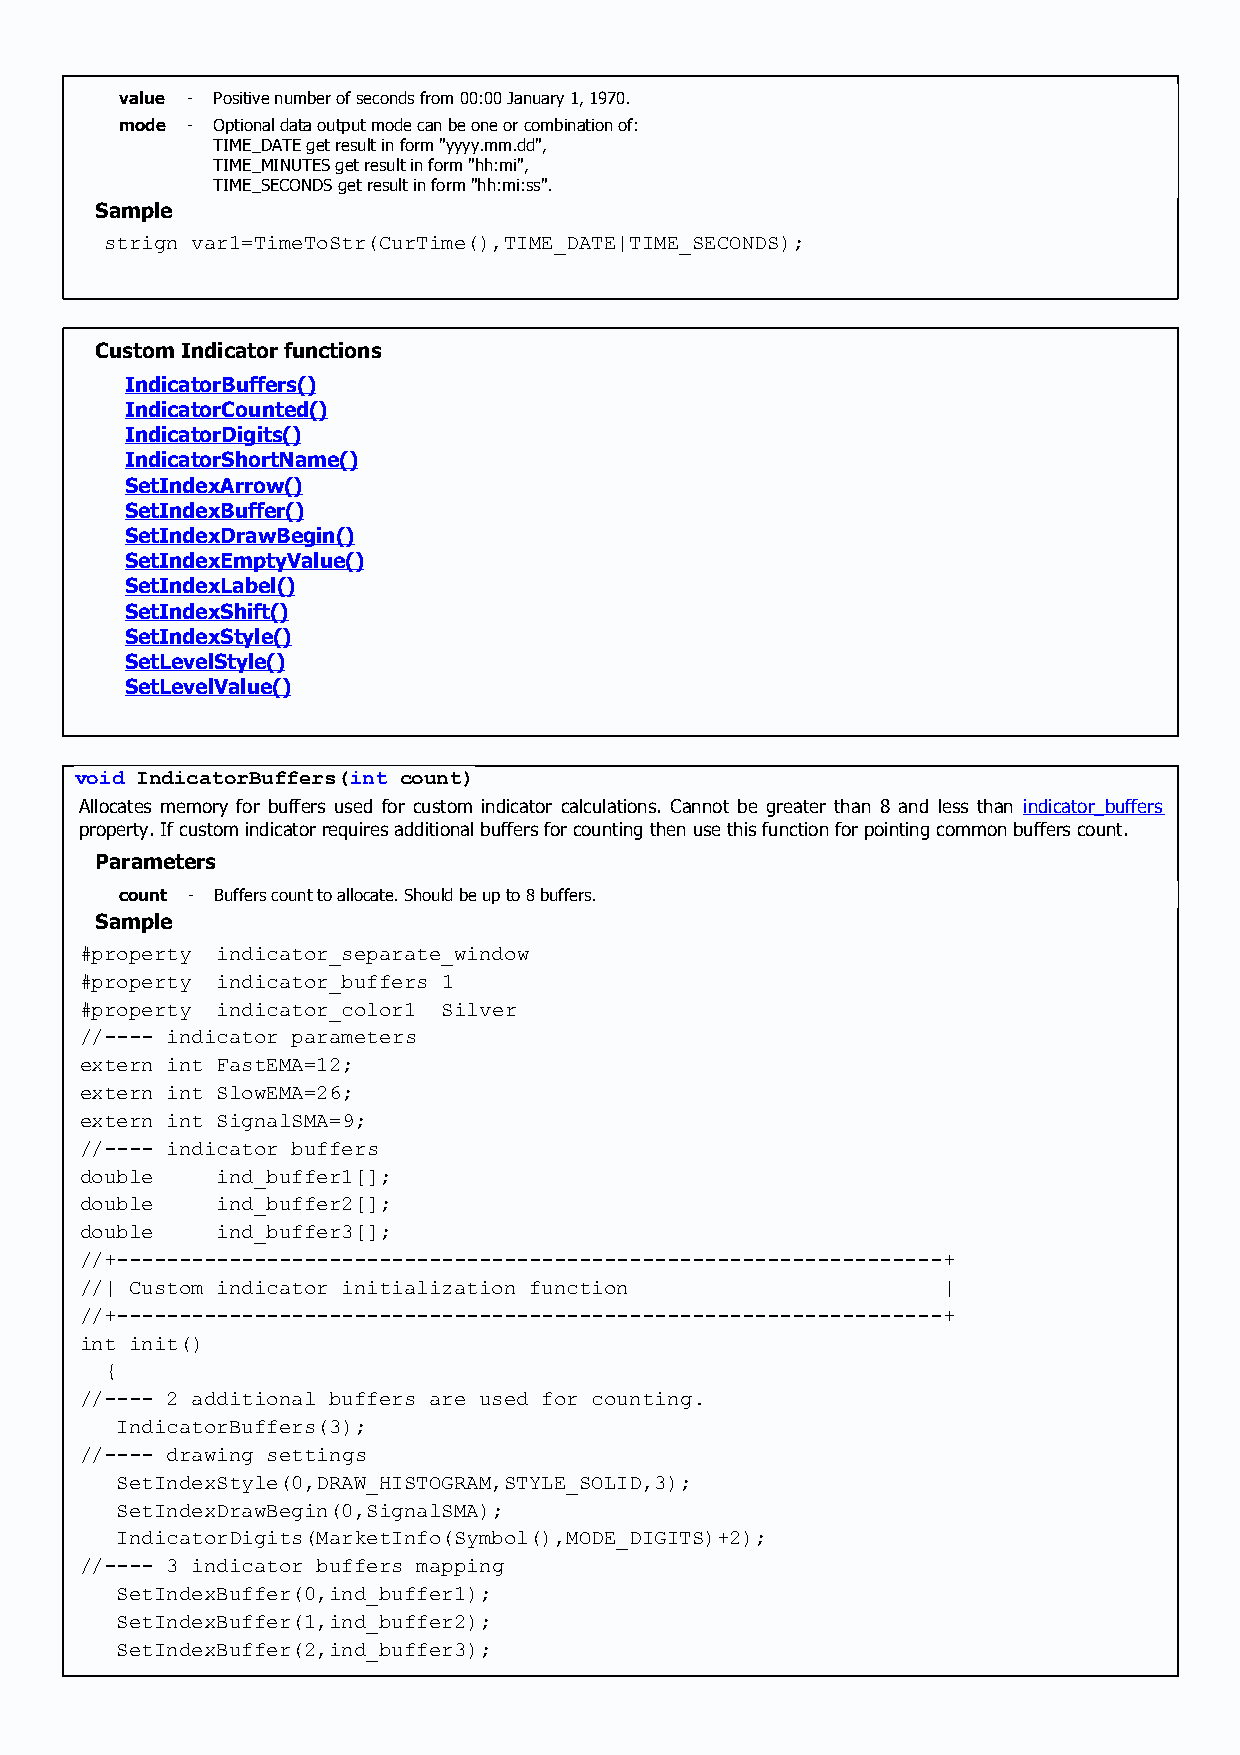
value - Positive number of seconds from 00:00 January 1, 1970.
 mode - Optional data output mode can be one or combination of:
 TIME_DATE get result in form "yyyy.mm.dd",
 TIME_MINUTES get result in form "hh:mi",
 TIME_SECONDS get result in form "hh:mi:ss".
 Sample
 strign var1=TimeToStr(CurTime(),TIME_DATE|TIME_SECONDS);
 Custom Indicator functions
 IndicatorBuffers()
 IndicatorCounted()
 IndicatorDigits()
 IndicatorShortName()
 SetIndexArrow()
 SetIndexBuffer()
 SetIndexDrawBegin()
 SetIndexEmptyValue()
 SetIndexLabel()
 SetIndexShift()
 SetIndexStyle()
 SetLevelStyle()
 SetLevelValue()
 void IndicatorBuffers(int count)
 Allocates memory for buffers used for custom indicator calculations. Cannot be greater than 8 and less than indicator_buffers
 property. If custom indicator requires additional buffers for counting then use this function for pointing common buffers count.
 Parameters
 count - Buffers count to allocate. Should be up to 8 buffers.
 Sample
 #property indicator_separate_window
 #property indicator_buffers 1
 #property indicator_color1 Silver
 //---- indicator parameters
 extern int FastEMA=12;
 extern int SlowEMA=26;
 extern int SignalSMA=9;
 //---- indicator buffers
 double   ind_buffer1[];
 double   ind_buffer2[];
 double   ind_buffer3[];
 //+------------------------------------------------------------------+
 //| Custom indicator initialization function             |
 //+------------------------------------------------------------------+
 int init()
 {
 //---- 2 additional buffers are used for counting.
 IndicatorBuffers(3);
 //---- drawing settings
 SetIndexStyle(0,DRAW_HISTOGRAM,STYLE_SOLID,3);
 SetIndexDrawBegin(0,SignalSMA);
 IndicatorDigits(MarketInfo(Symbol(),MODE_DIGITS)+2);
 //---- 3 indicator buffers mapping
 SetIndexBuffer(0,ind_buffer1);
 SetIndexBuffer(1,ind_buffer2);
 SetIndexBuffer(2,ind_buffer3);